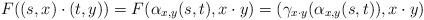
LaTeX: \begin{align*}F((s,x)\cdot (t,y))=F(\alpha_{x,y}(s,t),x\cdot y)=(\gamma_{x\cdot y}(\alpha_{x,y}(s,t)),x\cdot y)\end{align*}